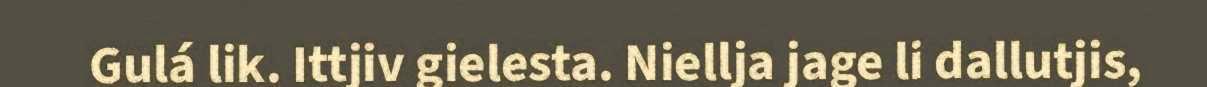
Gulá lik. Ittjiv gielesta. Niellja jage li dallutjis,